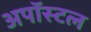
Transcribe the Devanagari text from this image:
अपॉस्टल